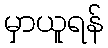
မှာယူရန်